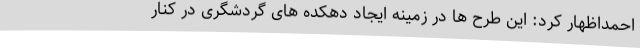
احمداظهار کرد: این طرح ها در زمینه ایجاد دهکده های گردشگری در کنار